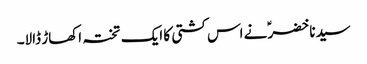
سیدنا خضرؑ نے اس کشتی کا ایک تختہ اکھاڑ ڈالا۔